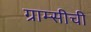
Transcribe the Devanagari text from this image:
ग्राम्सीची